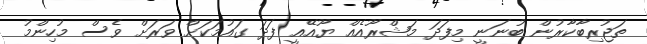
ތަޖުރިބާކާރުން ބުނަނީ މިފަދަ މަޝްރޫއެއް ޔޫއޭއީ ފަދަ ގައުމަކަށް ވަރަށް ވެސް މުހިންމު